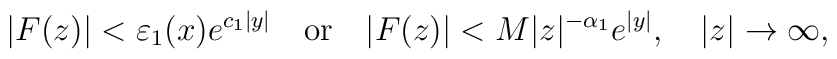
\vert F(z)\vert <\varepsilon _1(x)e^{c_1\vert y\vert }\quad \textrm{or} \quad \vert F(z)\vert <M\vert z\vert ^{-\alpha _1}e^{\vert y\vert },\quad \vert z\vert \to \infty,